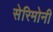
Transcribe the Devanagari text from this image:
सेरिमोनी